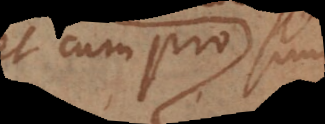
et cum pro